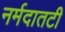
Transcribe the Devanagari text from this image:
नर्मदातटी